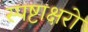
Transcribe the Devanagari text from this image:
स्पष्टाक्षरो